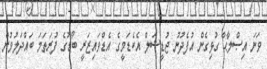
ވަނަ އިޞްލާޙާ ގުޅިގެން އުފެދުނު ޖުޑީޝަލް އެކެޑަމީގެ އެޑްވައިޒަރީ ބޯޑުގެ ފުރަތަމަ ބައްދަލުވުން